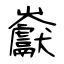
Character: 巚